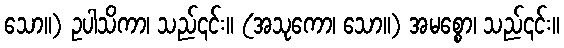
သော။) ဥပါသိကာ၊ သည်၎င်း။ (အသုကော၊ သော။) အမစ္စော၊ သည်၎င်း။